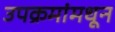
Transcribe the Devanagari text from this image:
उपक्रमांमधून